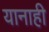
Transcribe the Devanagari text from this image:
यानाही